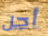
أجل